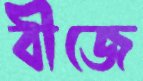
বীজে